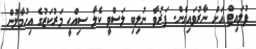
ފުލައިޓް އަށް ނާރުވައިގެން. ފަރުވާ ނުލިބި ލަސްވީ ކެލާ ސިއްޙީ މަރުކަޒުގެ އިހުމާލުން